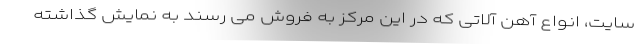
سایت، انواع آهن آلاتی که در این مرکز به فروش می رسند به نمایش گذاشته